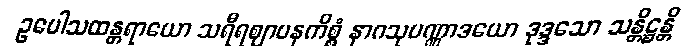
ဥပေါသထန္တရာယော သရီရဈာပနကိစ္စံ နာဂသုပဏ္ဏာဒယော ဒုဒ္ဒသော သန္တိဋ္ဌန္တိ